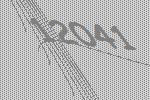
12041